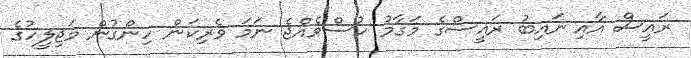
ރައީސް އާއި ނައިބު ރައީސްގެ މަގާމު ހުސްވެއްޖެ ނަމަ ވެރިކަން ހިންގުން މަޖިލީހުގެ